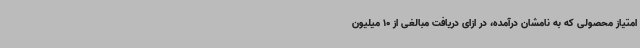
امتیاز محصولی که به نامشان درآمده، در ازای دریافت مبالغی از 10 میلیون